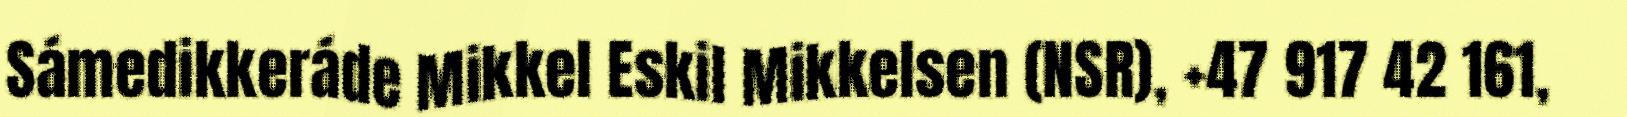
Sámedikkeráde Mikkel Eskil Mikkelsen (NSR), +47 917 42 161,